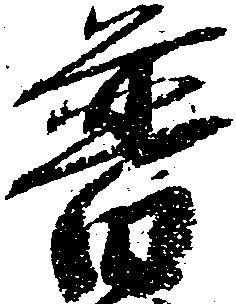
普